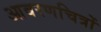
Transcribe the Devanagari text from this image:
आवरणचित्रों